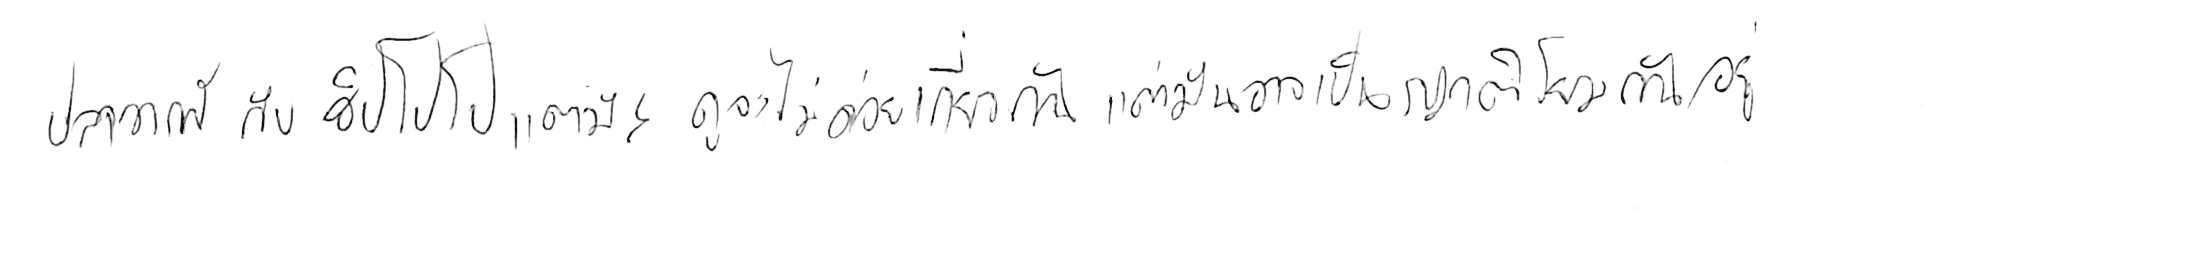
ปลาวาฬ กับ ฮิปโปโปเตมัส ดูจะไม่ค่อยเกี่ยวกัน แต่มันอาจเป็นญาติโยมกันอยู่